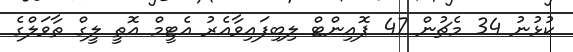
ކުޅުނު 34 މެޗުން 47 ޕޮއިންޓް ލިބިފައިވާއެރު އެޓީމް އޮތީ ލީގް ތާވަލްގެ